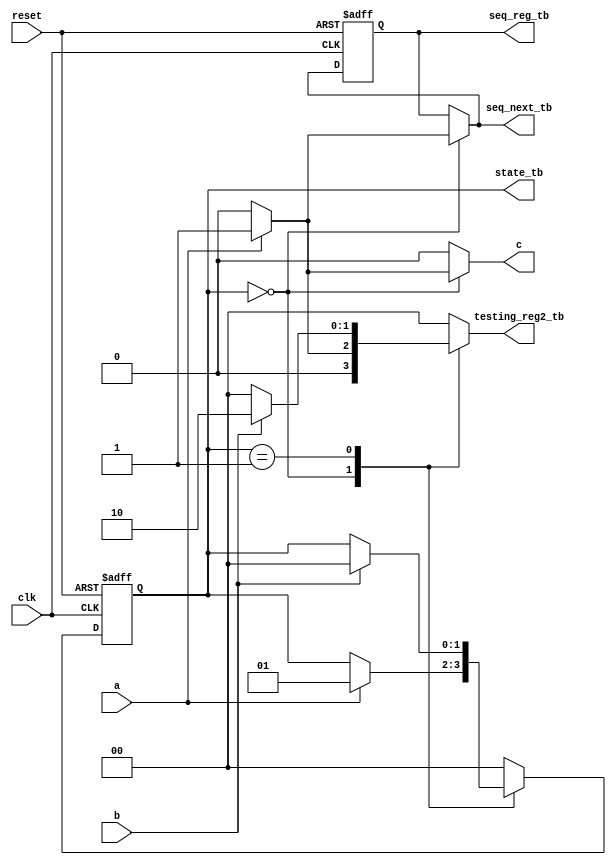
module testing_reg
(
  input wire clk,reset,
  input wire a,b,
  
  output wire c,
  output wire seq_reg_tb,seq_next_tb,
  
  //TestBench signals below
  output wire [1:0]state_tb,
  output wire [1:0]testing_reg2_tb
  //TestBench signals above
  );
  
 
  //state declaration
  localparam [1:0]
   toggleWAIT = 2'b00,
	toggle1    = 2'b01,
	toggle2    = 2'b10,
	toggleDONE = 2'b11;
	
	
	
	
	//signal declaration
	reg [1:0] state_reg, state_next;
	reg testing_reg1;
   reg [1:0]testing_reg2;
   reg  seq_reg, seq_next;	
	
	
	//FSM 
	always @ (posedge clk, posedge reset)
	if(reset)
	  begin
	     state_reg <= toggleWAIT;
		  seq_reg <=0 ;
	  end
	 else
	  begin
	     state_reg <=state_next;
		   seq_reg  <= seq_next ;
	  end
		
	 //FSM next-state logic
	 always @*
	 begin
	   state_next=state_reg;
		testing_reg1=0;
		testing_reg2=0;
		seq_next=seq_reg;
		case(state_reg)
		 //
		  toggleWAIT:
		    begin 
			  if(a)
			    begin
			     state_next=toggle1;
				  testing_reg1=1;
				  testing_reg2=1;
				  seq_next=1;
				 end
				else
				 begin
				 seq_next=0;
				 testing_reg1=0;
				 testing_reg2=0;
				 end
			 end
		//
		  toggle1:
		    begin
			  if(b)
			    begin
				   state_next=toggleWAIT;
					//testing_reg1=1;
				   testing_reg2=2;
				 end
			  end
			default: state_next=toggleWAIT;
		endcase
	end
	
	  
	
	 assign c=testing_reg1;
	 //TestBench signals below
	 assign state_tb=state_reg;
	 assign testing_reg2_tb=testing_reg2;
	 assign seq_reg_tb=seq_reg;
	 assign seq_next_tb=seq_next;
	 //TestBench signals above

endmodule